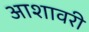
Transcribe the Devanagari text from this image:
आशावरी